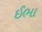
ઈભા